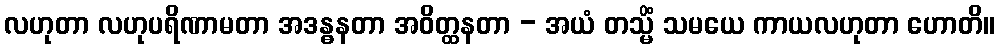
လဟုတာ လဟုပရိဏာမတာ အဒန္ဓနတာ အဝိတ္ထနတာ - အယံ တသ္မိံ သမယေ ကာယလဟုတာ ဟောတိ။